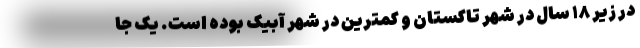
در زیر ۱۸ سال در شهر تاکستان و کمترین در شهر آبیک بوده است. یک جا